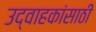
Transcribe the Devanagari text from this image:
उद्वाहकांसाठी